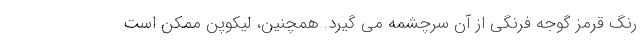
رنگ قرمز گوجه فرنگی از آن سرچشمه می گیرد. همچنین، لیکوپن ممکن است